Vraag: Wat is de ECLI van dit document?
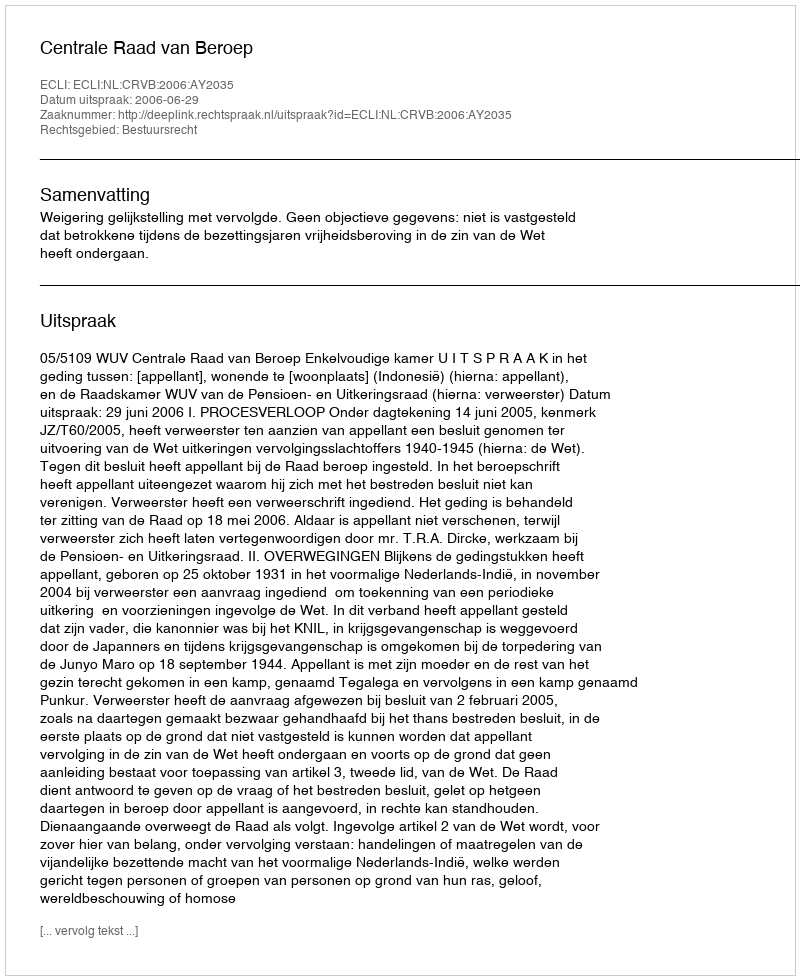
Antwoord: ECLI:NL:CRVB:2006:AY2035